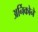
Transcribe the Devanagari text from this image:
अर्निकोने